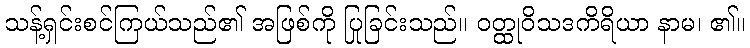
သန့်ရှင်းစင်ကြယ်သည်၏ အဖြစ်ကို ပြုခြင်းသည်။ ဝတ္ထုဝိသဒကိရိယာ နာမ၊ ၏။